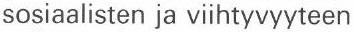
sosiaalisten ja viihtyvyyteen